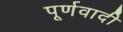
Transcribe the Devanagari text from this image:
पूर्णवादी